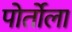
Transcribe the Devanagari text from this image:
पोर्तोला